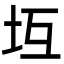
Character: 坘